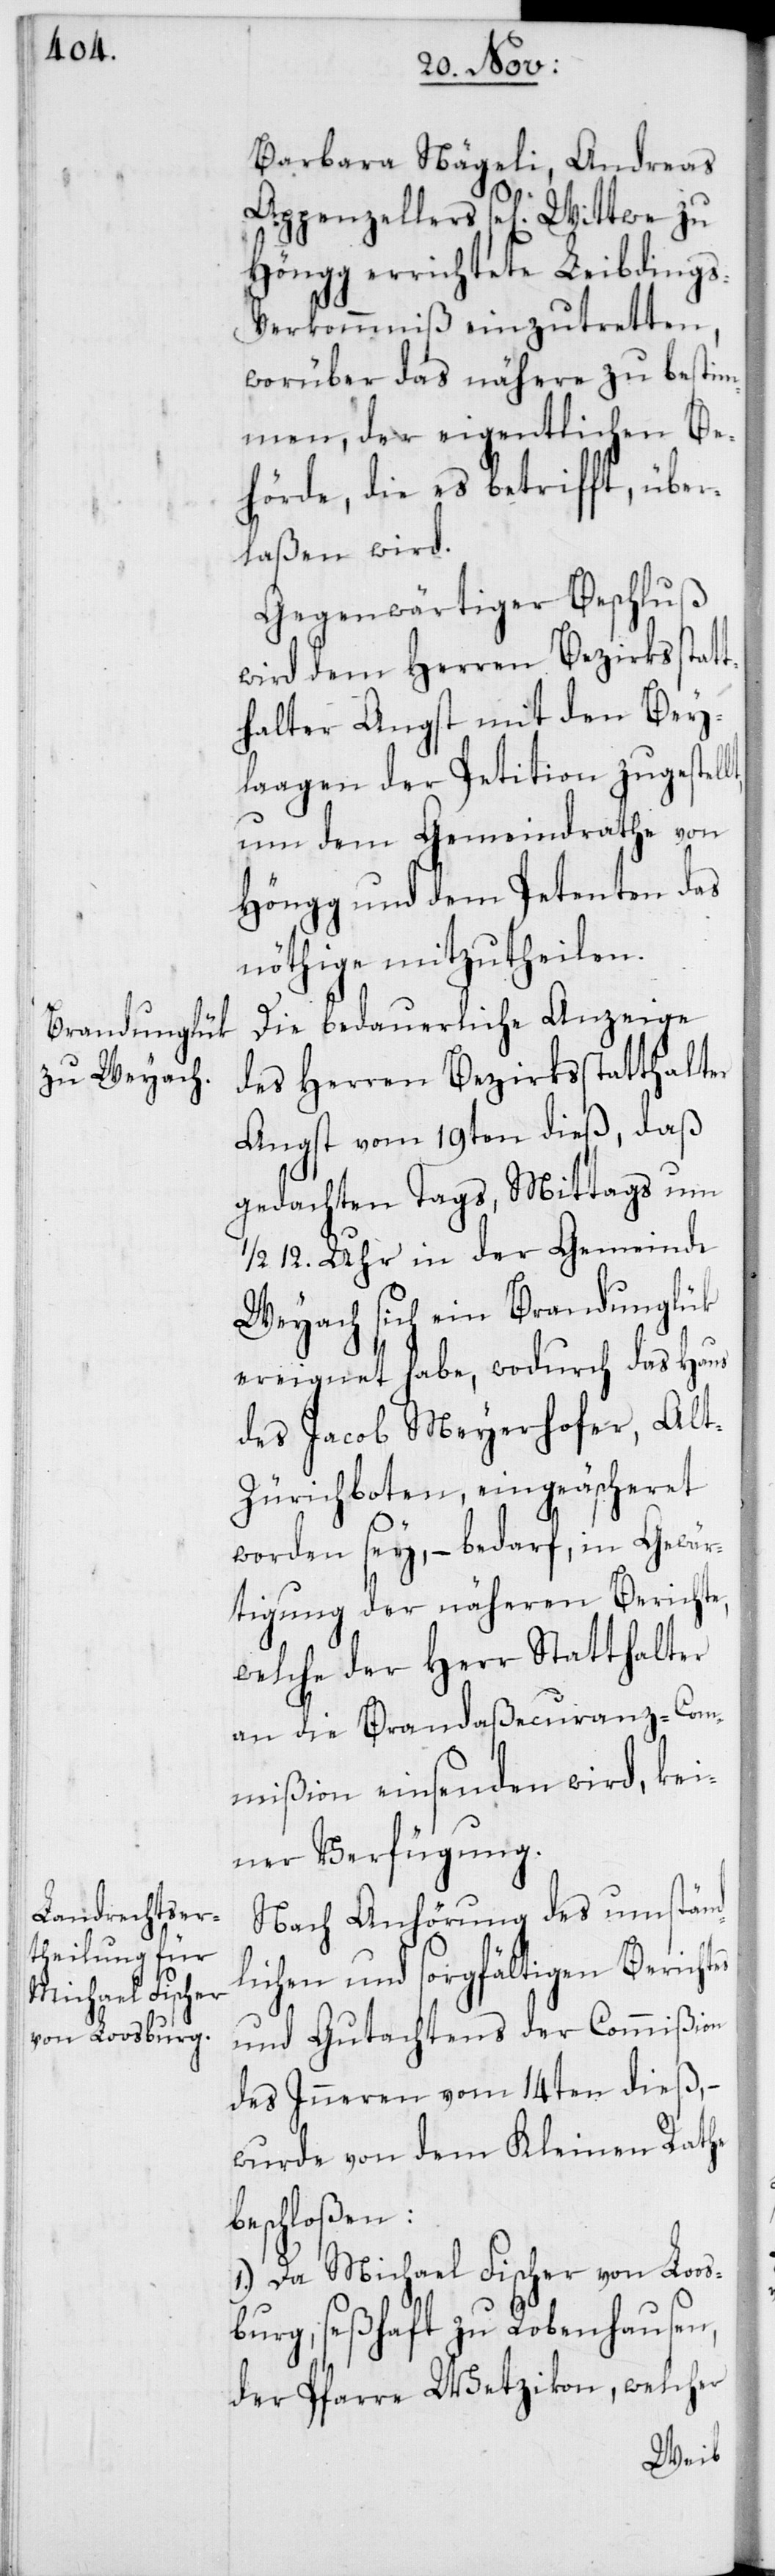
Barbara Nägeli, Andreas
Appenzellers se[lig] Wittwe zu
Höngg errichtete Leibding¬
s-Verkommnis einzutretten,
worüber das nähere zu bestim¬
men, der eigentlichen Be¬
hörde, die es betrifft, über¬
laßen wird.
Gegenwärtiger Beschluß
wird dem Herren Bezirksstat¬
thalter Angst mit den Bey¬
laagen der Petition zugestellt,
um dem Gemeindrathe von
Höngg und dem Petenten das
nöthige mitzutheilen.
Die bedauerliche Anzeige
des Herren Bezirksstatthalter
Angst vom 19ten dieß, daß
gedachten Tags, Mittags um
½ 12. Uhr in der Gemeinde
Weyach sich ein Brandunglük
ereignet habe, wodurch das Haus
des Jacob Meyerhofer, Al¬
t-Zürichboten, eingeäscheret
worden seiy, – bedarf, in Gewär¬
tigung der näheren Berichte,
welche der Herr Statthalter
an die Brandaßecuranz-Com¬
mißion einsenden wird, kei¬
ner Verfügung.
Nach Anhörung des umständ¬
lichen und sorgfältigen Berichtes
und Gutachtens der Commißion
des Inneren vom 14ten dieß, –
wurde von dem Kleinen Rathe
beschloßen:
1. Da Michael Fischer von Loos¬
burg, seßhaft zu Robenhausen,
der Pfarre Wetzikon, welcher